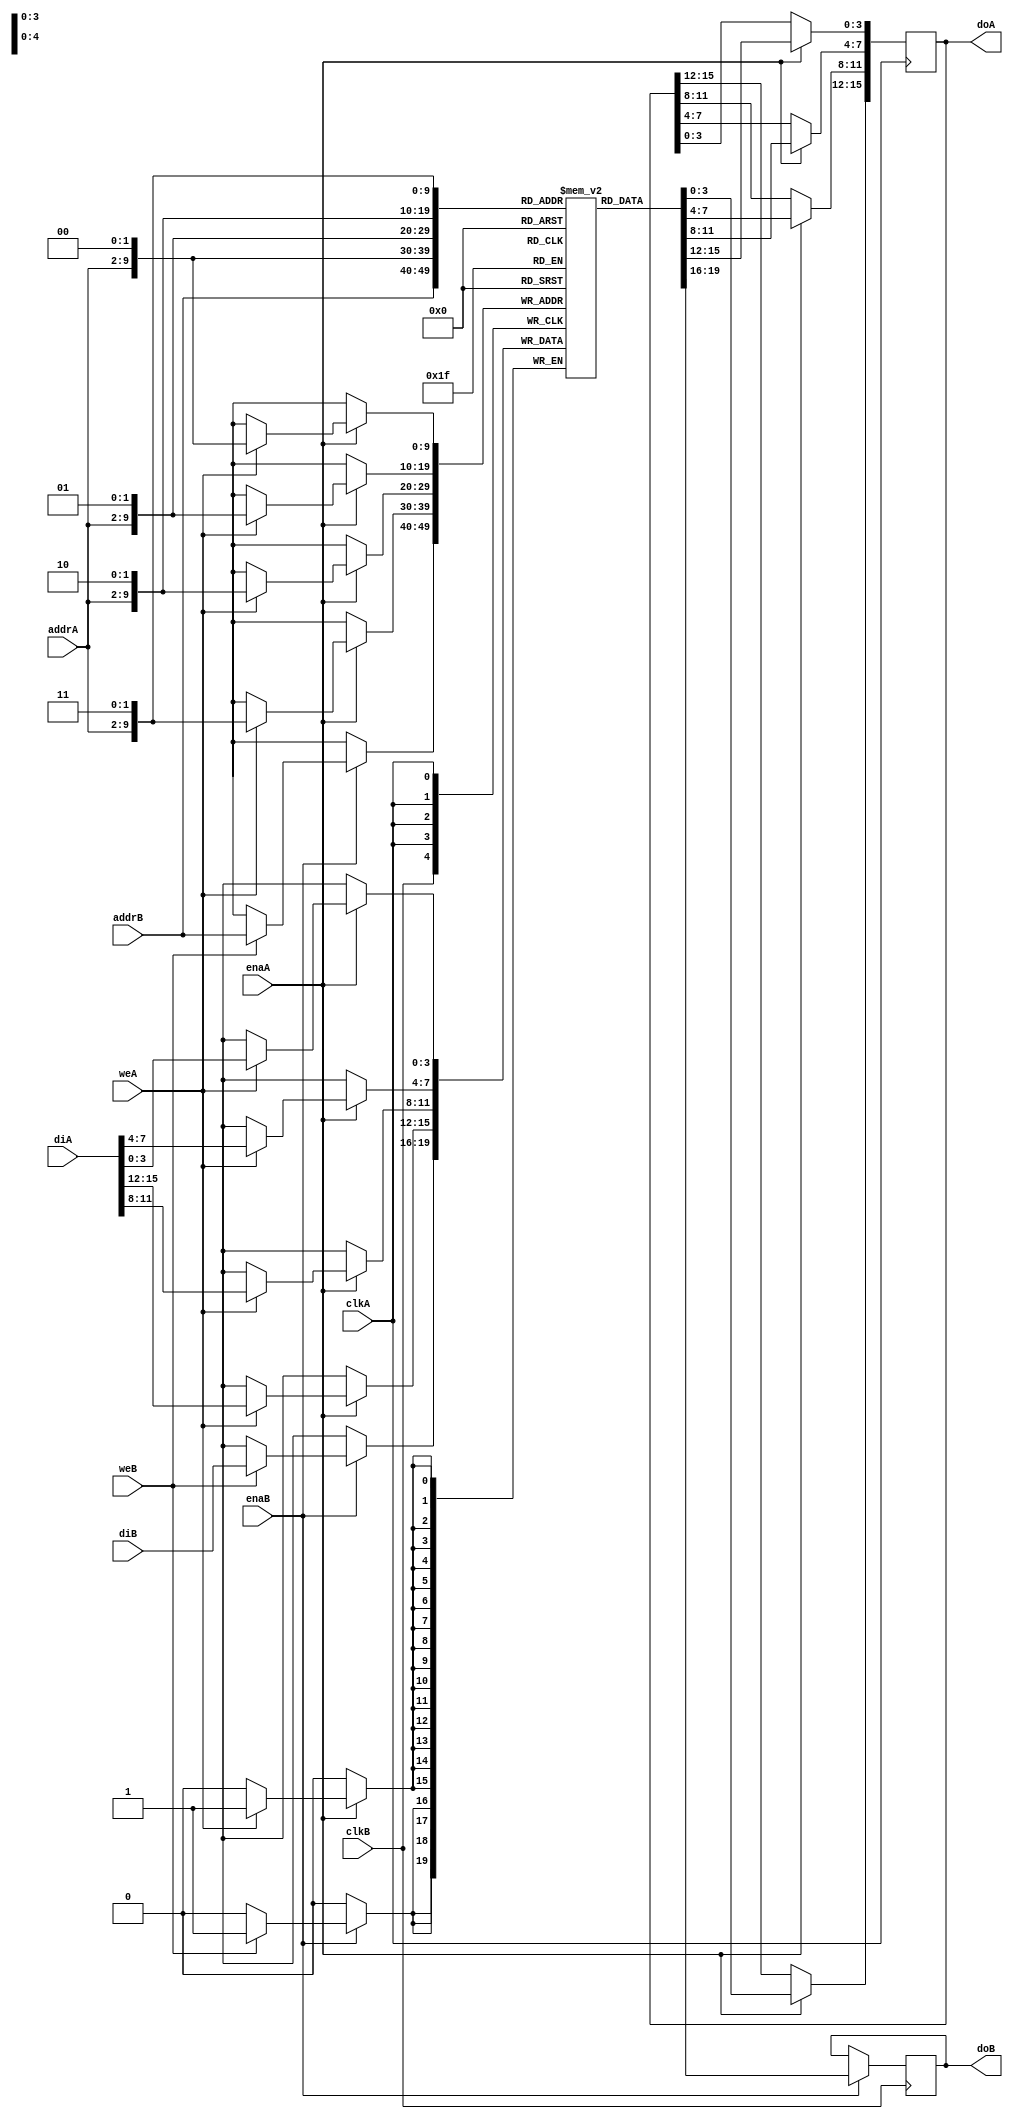
// Asymetric RAM - TDP
// READ_FIRST MODE.
// asym_ram_tdp_read_first_dc.v
// module asym_ram_tdp_read_first_dc (clkA, clkB, enaA, weA, enaB, weB, addrA, addrB, diA, doA, diB, doB);

// parameter WIDTHB = 4;
// parameter SIZEB = 1024;
// parameter ADDRWIDTHB = 10;
// parameter WIDTHA = 16;
// parameter SIZEA = 256;
// parameter ADDRWIDTHA = 8;

// input clkA;
// input clkB;
// input weA, weB;
// input enaA, enaB;
// input [ADDRWIDTHA-1:0] addrA;
// input [ADDRWIDTHB-1:0] addrB;
// input [WIDTHA-1:0] diA;
// input [WIDTHB-1:0] diB;
// output [WIDTHA-1:0] doA;
// output [WIDTHB-1:0] doB;

// `define max(a,b) {(a) > (b) ? (a) : (b)}
// `define min(a,b) {(a) < (b) ? (a) : (b)}

// function integer log2;
// input integer value;
// reg [31:0] shifted;
// integer res;

// begin
//     if (value < 2)
//         log2 = value;
//     else
//     begin
//         shifted = value-1;
//             for (res=0; shifted>0; res=res+1)
//                 shifted = shifted>>1;
//                 log2 = res;
//     end
// end
// endfunction

// localparam maxSIZE = `max(SIZEA, SIZEB);
// localparam maxWIDTH = `max(WIDTHA, WIDTHB);
// localparam minWIDTH = `min(WIDTHA, WIDTHB);
// localparam RATIO = maxWIDTH / minWIDTH;
// localparam log2RATIO = log2(RATIO);

// reg [minWIDTH-1:0] RAM [0:maxSIZE-1];
// reg [WIDTHA-1:0] readA;
// reg [WIDTHB-1:0] readB;

// always @(posedge clkB)
// begin
//     if (enaB) 
//     begin
//         readB <= RAM[addrB] ;
//             if (weB)
//                 RAM[addrB] <= diB;
//     end
// end

// always @(posedge clkA)
// begin : portA
// integer i;
// reg [log2RATIO-1:0] lsbaddr ;
//     for (i=0; i< RATIO; i= i+ 1)
//     begin
//         lsbaddr = i;
//             if (enaA) 
//             begin
//                 readA[(i+1)*minWIDTH -1 -: minWIDTH] <= RAM[{addrA, lsbaddr}];
//                     if (weA)
//                         RAM[{addrA, lsbaddr}] <= diA[(i+1)*minWIDTH-1 -: minWIDTH];
//             end
//     end
// end

// assign doA = readA;
// assign doB = readB;

// endmodule

module asym_ram_tdp_read_first_dc (clkA, clkB, enaA, weA, enaB, weB, addrA, addrB, diA, doA, diB,
doB);
parameter WIDTHB = 4;
parameter SIZEB = 1024;
parameter ADDRWIDTHB = 10;
parameter WIDTHA = 16;
parameter SIZEA = 256;
parameter ADDRWIDTHA = 8;
input clkA;
input clkB;
input weA, weB;
input enaA, enaB;
input [ADDRWIDTHA-1:0] addrA;
input [ADDRWIDTHB-1:0] addrB;
input [WIDTHA-1:0] diA;
input [WIDTHB-1:0] diB;
output [WIDTHA-1:0] doA;
output [WIDTHB-1:0] doB;
`define max(a,b) {(a) > (b) ? (a) : (b)}
`define min(a,b) {(a) < (b) ? (a) : (b)}
function integer log2;
input integer value;
reg [31:0] shifted;
integer res;
begin
 if (value < 2)
 log2 = value;
 else
 begin
 shifted = value-1;
 for (res=0; shifted>0; res=res+1)
 shifted = shifted>>1;
 log2 = res;
 end
end
endfunction

localparam maxSIZE = `max(SIZEA, SIZEB);
localparam maxWIDTH = `max(WIDTHA, WIDTHB);
localparam minWIDTH = `min(WIDTHA, WIDTHB);
localparam RATIO = maxWIDTH / minWIDTH;
localparam log2RATIO = log2(RATIO);
reg [minWIDTH-1:0] RAM [0:maxSIZE-1];
reg [WIDTHA-1:0] readA;
reg [WIDTHB-1:0] readB;
always @(posedge clkB)
begin
 if (enaB) begin
 readB <= RAM[addrB] ;
 if (weB)
 RAM[addrB] <= diB;
 end
end
always @(posedge clkA)
begin : portA
 integer i;
 reg [log2RATIO-1:0] lsbaddr ;
 for (i=0; i< RATIO; i= i+ 1) begin
 lsbaddr = i;
 if (enaA) begin
 readA[(i+1)*minWIDTH -1 -: minWIDTH] <= RAM[{addrA, lsbaddr}];
 if (weA)
 RAM[{addrA, lsbaddr}] <= diA[(i+1)*minWIDTH-1 -: minWIDTH];
 end
 end
end
assign doA = readA;
assign doB = readB;
endmodule